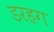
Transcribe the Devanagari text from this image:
डरहग